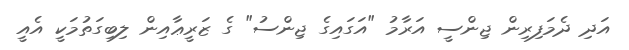
އަދި ދެމަފިރިން ޖިންސީ އަރާމު "އަގައިގެ ޖިންސު" ގެ ޒަރީޢާއިން ލިބިގަތުމަކީ އެއީ